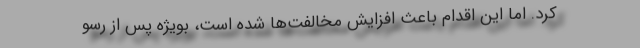
کرد. اما این اقدام باعث افزایش مخالفت‌ها شده است، بویژه پس از رسو